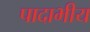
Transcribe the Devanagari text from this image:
पादाभीय